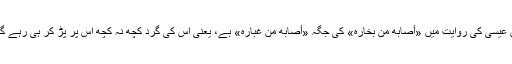
ابن عیسیٰ کی روایت میں «أصابه من بخاره» کی جگہ «أصابه من غباره» ہے، یعنی اس کی گرد کچھ نہ کچھ اس پر پڑ کر ہی رہے گی۔